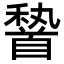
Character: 𩠨